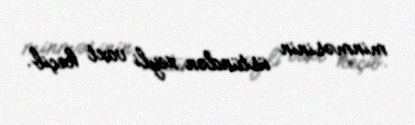
minməsinin üstündən xeyli vaxt keçib.